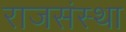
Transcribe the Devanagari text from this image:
राजसंस्था